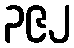
၃၉၂